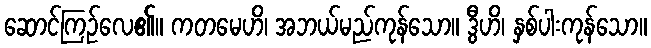
ဆောင်ကြဉ်လေ၏။ ကတမေဟိ၊ အဘယ်မည်ကုန်သော။ ဒွီဟိ၊ နှစ်ပါးကုန်သော။